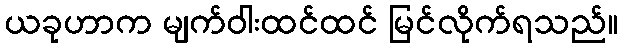
ယခုဟာက မျက်ဝါးထင်ထင် မြင်လိုက်ရသည်။